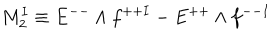
M _ { 2 } ^ { I } \equiv E ^ { -- } \wedge f ^ { + + I } - E ^ { + + } \wedge f ^ { -- I }